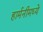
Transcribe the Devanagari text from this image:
हार्मनीमध्ये